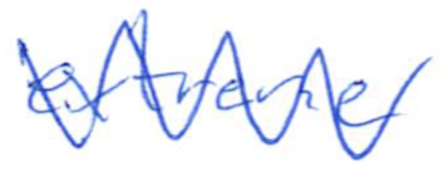
Text: extreme
Cross-out: zig-zag
Writing tool: ballpoint